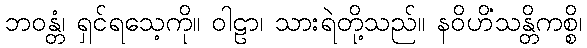
ဘဝန္တံ၊ ရှင်ရသေ့ကို။ ဝါဠာ၊ သားရဲတို့သည်။ နဝိဟိံသန္တိကစ္စိ၊